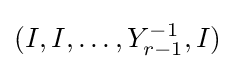
(I,I,\ldots ,Y_{r-1}^{-1},I)